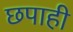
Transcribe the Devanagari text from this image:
छपाही